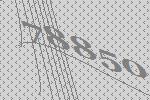
78850